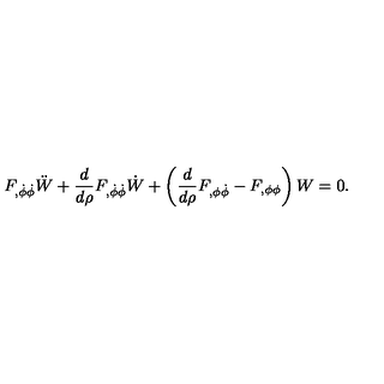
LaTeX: F _ { , \dot { \phi } \dot { \phi } } \ddot { W } + { \frac { d } { d \rho } } F _ { , \dot { \phi } \dot { \phi } } \dot { W } + \left( { \frac { d } { d \rho } } F _ { , \phi \dot { \phi } } - F _ { , \phi \phi } \right) W = 0 .